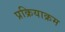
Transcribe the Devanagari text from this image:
प्रक्रियाक्रम